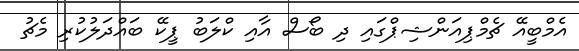
އެމްބީއޭ ޗެމްޕިއަންޝިޕްގައި ދި ބޯސް އާއި ކްލަބު ޕީކޭ ބައްދަލުކުރި މެޗު